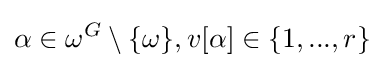
\alpha \in \omega ^{G}\setminus \{{\omega }\},v[\alpha ]\in \{1,...,r\}